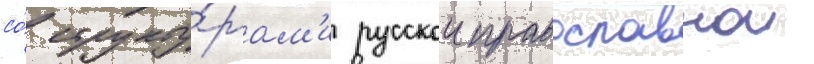
со́ структу́рам'и русскои православнои